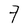
Character: 7